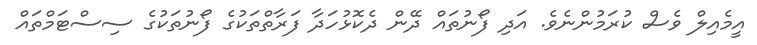
އީމެއިލް ވެސް ކުރަމުންނެވެ. އަދި ފޯނުތައް ދޭން ދެކޮޅުހަދާ ފަރާތްތަކުގެ ފޯނުތަކުގެ ސިސްޓަމްތައް